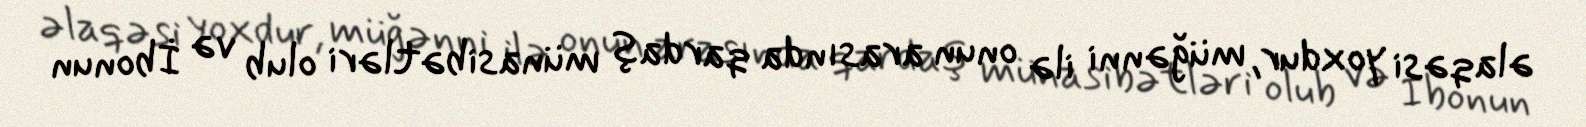
əlaqəsi yoxdur, müğənni ilə onun arasında qardaş münasibətləri olub və İbonun